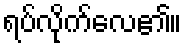
ရပ်လိုက်လေ၏။